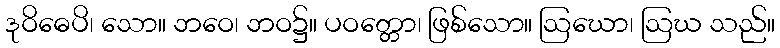
ဒုဝိဓေပိ၊ သော။ ဘဝေ၊ ဘဝ၌။ ပဝတ္တော၊ ဖြစ်သော။ ဩဃော၊ ဩဃ သည်။